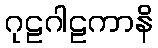
ဂုဠဂါဠကာနိ